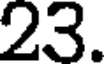
23.